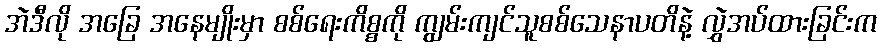
အဲဒီလို အခြေ အနေမျိုးမှာ စစ်ရေးကိစ္စကို ကျွမ်းကျင်သူစစ်သေနာပတိနဲ့ လွှဲအပ်ထားခြင်းက